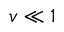
v \ll 1